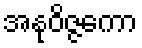
အနုဝိဇ္ဇကော